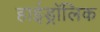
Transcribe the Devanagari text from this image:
हाईड्रॉलिक